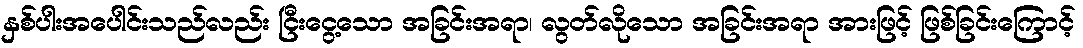
နှစ်ပါးအပေါင်းသည်လည်း ငြီးငွေ့သော အခြင်းအရာ၊ လွတ်လိုသော အခြင်းအရာ အားဖြင့် ဖြစ်ခြင်းကြောင့်